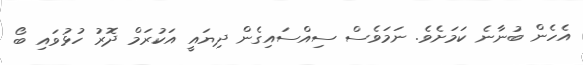
އެހެން ބުނާނެ ކަމަށެވެ. ނަމަވެސް ސިއްސައިގެން ދިޔައީ އަކުރަމް ދޮރު ހުޅުވައި ބޯ